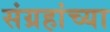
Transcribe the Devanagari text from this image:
संग्रहांच्या